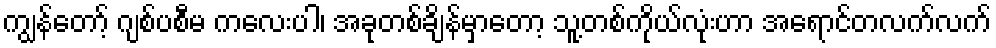
ကျွန်တော့် ဂျစ်ပစီမ ကလေးပါ၊ အခုတစ်ချိန်မှာတော့ သူ့တစ်ကိုယ်လုံးဟာ အရောင်တလက်လက်